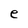
Character: e